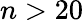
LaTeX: n>20